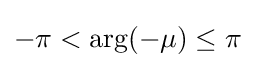
-\pi <\arg(-\mu )\leq \pi